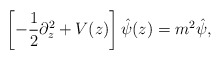
\begin{align*}\left [-{1 \over 2}\partial_z^2 +V(z) \right ] \hat{\psi}(z) = m^2 \hat{\psi},\end{align*}